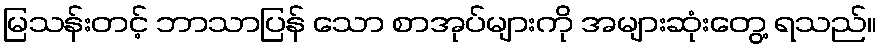
မြသန်းတင့် ဘာသာပြန် သော စာအုပ်များကို အများဆုံးတွေ့ ရသည်။